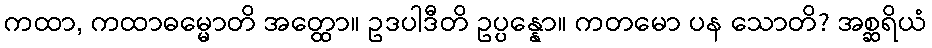
ကထာ, ကထာဓမ္မောတိ အတ္ထော။ ဥဒပါဒီတိ ဥပ္ပန္နော။ ကတမော ပန သောတိ? အစ္ဆရိယံ